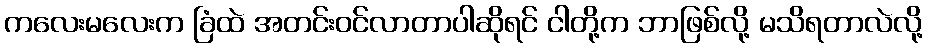
ကလေးမလေးက ခြံထဲ အတင်းဝင်လာတာပါဆိုရင် ငါတို့က ဘာဖြစ်လို့ မသိရတာလဲလို့